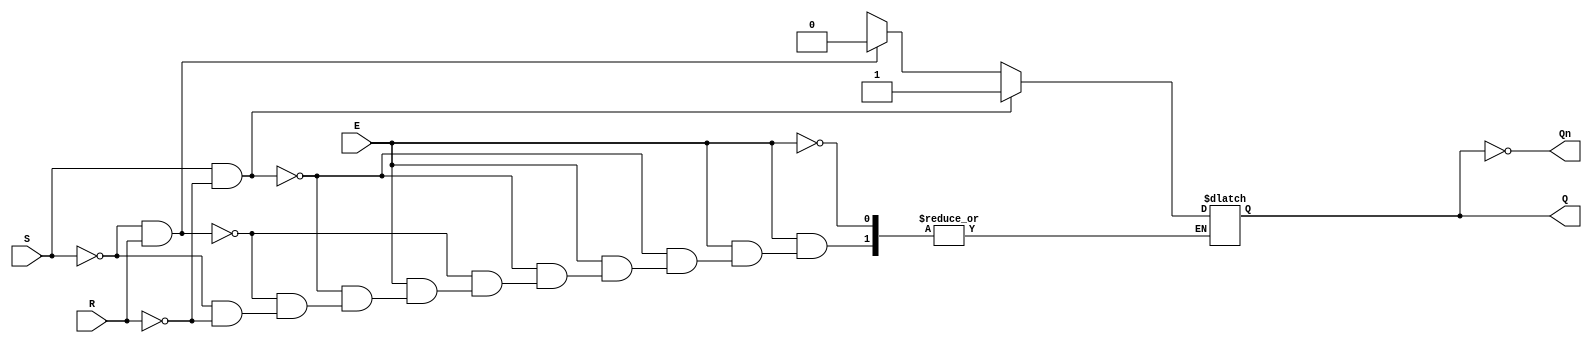
module gated_sr_latch (
    input wire S,      // Set input
    input wire R,      // Reset input
    input wire E,      // Enable input
    output reg Q,      // Output Q
    output wire Qn     // Complementary output Q'
);

// Assign complementary output Q'
assign Qn = ~Q;

// Always block to implement the gated SR latch functionality
always @(*) begin
    if (E) begin
        if (S && ~R) begin
            Q = 1'b1;  // Set Q to 1
        end else if (~S && R) begin
            Q = 1'b0;  // Reset Q to 0
        end else if (~S && ~R) begin
            // Hold state (do nothing)
            Q = Q;     // Retain current state
        end else begin
            // Invalid state (S = 1 and R = 1)
            Q = 1'bx;  // Indeterminate state
        end
    end
    // If E is low, retain the current state
end

endmodule